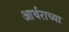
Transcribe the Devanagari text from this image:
आर्थराच्या